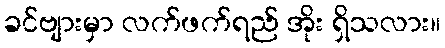
ခင်ဗျားမှာ လက်ဖက်ရည် အိုး ရှိသလား။